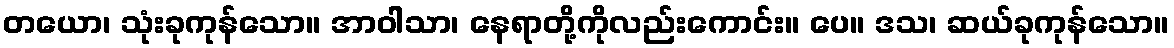
တယော၊ သုံးခုကုန်သော။ အာဝါသာ၊ နေရာတို့ကိုလည်းကောင်း။ ပေ။ ဒသ၊ ဆယ်ခုကုန်သော။